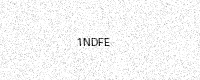
Text: 1NDFE